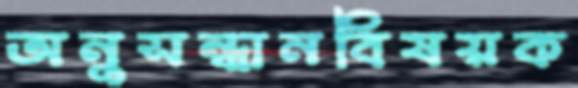
অনুসন্ধানবিষয়ক